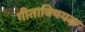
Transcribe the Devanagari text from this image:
गीताविषयक